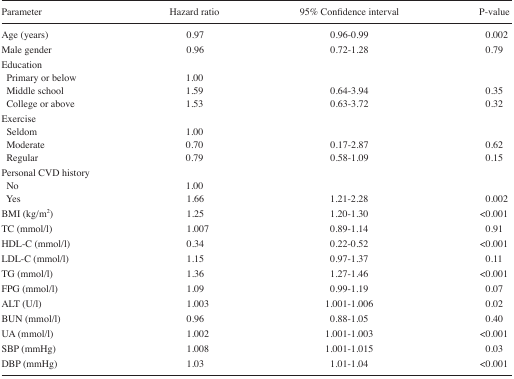
<table><thead><tr><td><b>Parameter</b></td><td><b>Hazard ratio</b></td><td><b>95% Confidence interval</b></td><td><b>P-value</b></td></tr></thead><tbody><tr><td>Age (years)</td><td>0.97</td><td>0.96–0.99</td><td>0.002</td></tr><tr><td>Male gender</td><td>0.96</td><td>0.72–1.28</td><td>0.79</td></tr><tr><td>Education</td><td></td><td></td><td></td></tr><tr><td>Primary or below</td><td>1.00</td><td></td><td></td></tr><tr><td>Middle school</td><td>1.59</td><td>0.64–3.94</td><td>0.35</td></tr><tr><td>College or above</td><td>1.53</td><td>0.63–3.72</td><td>0.32</td></tr><tr><td>Exercise</td><td></td><td></td><td></td></tr><tr><td>Seldom</td><td>1.00</td><td></td><td></td></tr><tr><td>Moderate</td><td>0.70</td><td>0.17–2.87</td><td>0.62</td></tr><tr><td>Regular</td><td>0.79</td><td>0.58–1.09</td><td>0.15</td></tr><tr><td>Personal CVD history</td><td></td><td></td><td></td></tr><tr><td>No</td><td>1.00</td><td></td><td></td></tr><tr><td>Yes</td><td>1.66</td><td>1.21–2.28</td><td>0.002</td></tr><tr><td>BMI (kg/m<sup>2</sup>)</td><td>1.25</td><td>1.20–1.30</td><td>&lt;0.001</td></tr><tr><td>TC (mmol/l)</td><td>1.007</td><td>0.89–1.14</td><td>0.91</td></tr><tr><td>HDL-C (mmol/l)</td><td>0.34</td><td>0.22–0.52</td><td>&lt;0.001</td></tr><tr><td>LDL-C (mmol/l)</td><td>1.15</td><td>0.97–1.37</td><td>0.11</td></tr><tr><td>TG (mmol/l)</td><td>1.36</td><td>1.27–1.46</td><td>&lt;0.001</td></tr><tr><td>FPG (mmol/l)</td><td>1.09</td><td>0.99–1.19</td><td>0.07</td></tr><tr><td>ALT (U/l)</td><td>1.003</td><td>1.001–1.006</td><td>0.02</td></tr><tr><td>BUN (mmol/l)</td><td>0.96</td><td>0.88–1.05</td><td>0.40</td></tr><tr><td>UA (mmol/l)</td><td>1.002</td><td>1.001–1.003</td><td>&lt;0.001</td></tr><tr><td>SBP (mmHg)</td><td>1.008</td><td>1.001–1.015</td><td>0.03</td></tr><tr><td>DBP (mmHg)</td><td>1.03</td><td>1.01–1.04</td><td>&lt;0.001</td></tr></tbody></table>